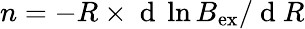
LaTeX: n=-R\times\mathrm{~d~}\ln B_{\mathrm{ex}}/\mathrm{~d~}R